Civil Veterinary Department. Madras. Admin. report 1910-25 - 1910-1925
Year: 1910
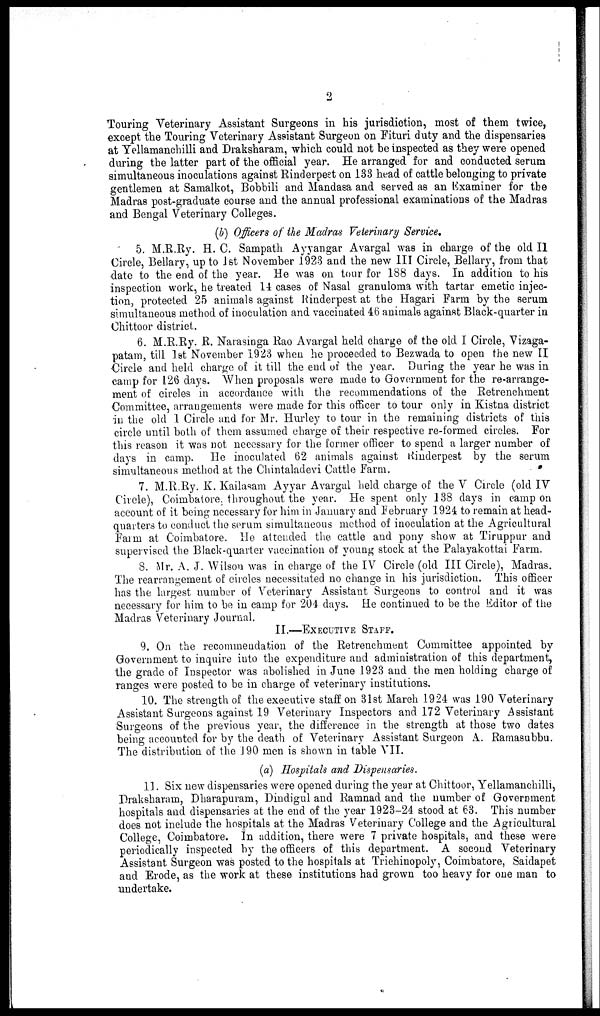
2
Touring Veterinary Assistant Surgeons in his jurisdiction, most of them twice,
except the Touring Veterinary Assistant Surgeon on Fituri duty and the dispensaries
at Yellamanchilli and Draksharam, which could not be inspected as they were opened
during the latter part of the official year. He arranged for and conducted serum
simultaneous inoculations against Rinderpest on 133 head of cattle belonging to private
gentlemen at Samalkot, Bobbili and Mandasa and served as an Examiner for the
Madras post-graduate course and the annual professional examinations of the Madras
and Bengal Veterinary Colleges.
(b) Officers of the Madras Veterinary Service.
5. M.R.Ry. H. C. Sampath Ayyangar Avargal was in charge of the old II
Circle, Bellary, up to 1st November 1923 and the new III Circle, Bellary, from that
date to the end of the year. He was on tour for 188 days. In addition to his
inspection work, he treated 14 cases of Nasal granuloma with tartar emetic injec-
tion, protected 25 animals against Rinderpest at the Hagari Farm by the serum
simultaneous method of inoculation and vaccinated 46 animals against Black-quarter in
Chittoor district.
6. M.R.Ry. R. Narasinga Rao Avargal held charge of the old I Circle, Vizaga-
patam, till 1st November 1923 when he proceeded to Bezwada to open the new II
Circle and held charge of it till the end of the year. During the year he was in
camp for 126 days. When proposals were made to Government for the re-arrange-
ment of circles in accordance with the recommendations of the Retrenchment
Committee, arrangements were made for this officer to tour only in Kistna district
in the old 1 Circle and for Mr. Hurley to tour in the remaining districts of this
circle until both of them assumed charge of their respective re-formed circles. For
this reason it was not necessary for the former officer to spend a larger number of
days in camp. He inoculated 62 animals against Rinderpest by the serum
simultaneous method at the Chintaladevi Cattle Farm.
7. M.R.Ry. K. Kailasam Ayyar Avargal held charge of the V Circle (old IV
Circle), Coimbatore, throughout the year. He spent only 138 days in camp on
account of it being necessary for him in January and February 1924 to remain at head-
quarters to conduct the serum simultaueous method of inoculation at the Agricultural
Farm at Coimbatore. He atteuded the cattle and pony show at Tiruppur and
supervised the Black-quarter vaccination of young stock at the Palayakottai Farm.
8. Mr. A. J. Wilson was in charge of the IV Circle (old III Circle), Madras.
The rearrangement of circles necessitated no change in his jurisdiction. This officer
has the largest number of Veterinary Assistant Surgeons to control and it was
necessary for him to be in camp for 204 days. He continued to be the Editor of the
Madras Veterinary Journal.
II.—EXECUTIVE STAFF.
9. On the recommendation of the Retrenchment Committee appointed by
Government to inquire into the expenditure and administration of this department,
the grade of Inspector was abolished in June 1923 and the men holding charge of
ranges were posted to be in charge of veterinary institutions.
10. The strength of the executive staff on 31st March 1924 was 190 Veterinary
Assistant Surgeons against 19 Veterinary Inspectors and 172 Veterinary Assistant
Surgeons of the previous year, the difference in the strength at those two dates
being accounted for by the death of Veterinary Assistant Surgeon A. Ramasubbu.
The distribution of the J 90 men is shown in table VII.
(a) Hospitals and Dispensaries.
11. Six new dispensaries were opened during the year at Chittoor, Yellamanchilli,
Draksharam, Dharapuram, Dindigul and Ramnad and the number of Government
hospitals and dispensaries at the end of the year 1923-24 stood at 63. This number
does not include the hospitals at the Madras Veterinary College and the Agricultural
College, Coimbatore. In addition, there were 7 private hospitals, and these were
periodically inspected by the officers of this department. A second Veterinary
Assistant Surgeon was posted to the hospitals at Trichinopoly, Coimbatore, Saidapet
and Erode, as the work at these institutions had grown too heavy for one man to
undertake.